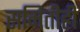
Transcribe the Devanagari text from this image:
समितीही